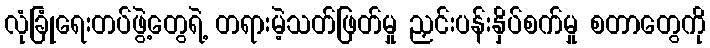
လုံခြုံရေးတပ်ဖွဲ့တွေရဲ့ တရားမဲ့သတ်ဖြတ်မှု ညှင်းပန်းနှိပ်စက်မှု စတာတွေကို